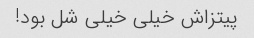
پیتزاش خیلی خیلی شل بود!